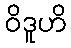
ဝိဒူဟိ